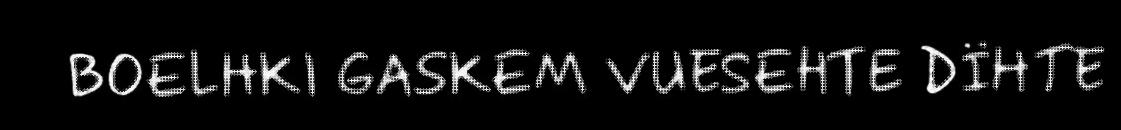
BOELHKI GASKEM VUESEHTE DÏHTE